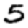
Digit: 5